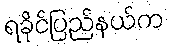
ရခိုင်ပြည်နယ်က